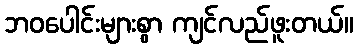
ဘဝပေါင်းများစွာ ကျင်လည်ဖူးတယ်။